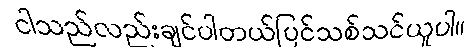
ငါသည်လည်းချင်ပါတယ်ပြင်သစ်သင်ယူပါ။